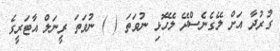
ގުރުދާ އަށް ލޭގެނެސްދޭ ލޭހޮޅި ނުވަތަ ( ) ނުވަތަ ރީނަލް އާޓަރީގެ